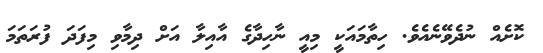
ކޮށެއް ނުދެވޭނެއެވެ. ހިތާމައަކީ މިއީ ނާހިދާގެ އާއިލާ އަށް ދިމާވި މިފަދަ ފުރަތަމަ